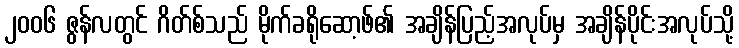
၂၀၀၆ ဇွန်လတွင် ဂိတ်စ်သည် မိုက်ခရိုဆော့ဖ်၏ အချိန်ပြည့်အလုပ်မှ အချိန်ပိုင်းအလုပ်သို့